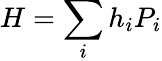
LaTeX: H=\sum_{i}h_{i}P_{i}